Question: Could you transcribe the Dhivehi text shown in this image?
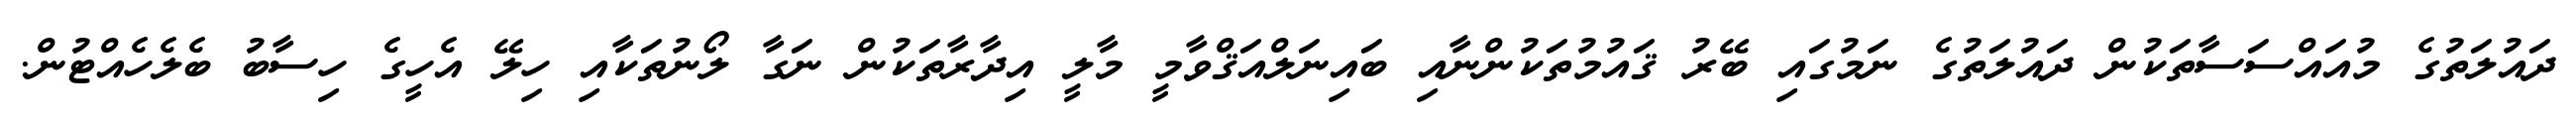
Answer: ދައުލަތުގެ މުއައްސަސާތަކުން ދައުލަތުގެ ނަމުގައި ބޭރު ޤައުމުތަކުންނާއި ބައިނަލްއަޤްވާމީ މާލީ އިދާރާތަކުން ނަގާ ލޯނުތަކާއި ހިލޭ އެހީގެ ހިސާބު ބެލެހެއްޓުން.